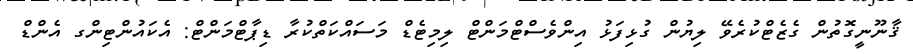
ޤާނޫނީގޮތުން ގެޒެޓްކުރެވޭ ލިޔުން ގުޅިފަޅު އިންވެސްޓްމަންޓް ލިމިޓެޑް މަސައްކަތްކުރާ ޑިޕާޓްމަންޓް: އެކައުންޓިންގ އެންޑް